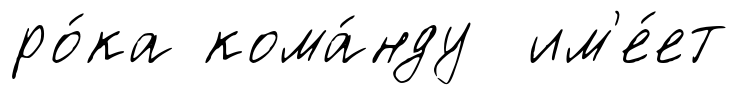
ро́ка кома́нду им'е́ет